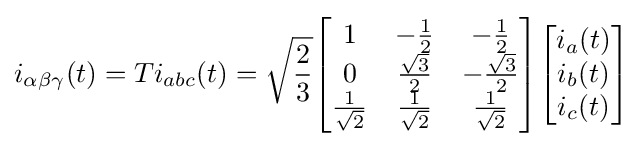
i_{\alpha \beta \gamma }(t)=Ti_{abc}(t)={\sqrt {\frac {2}{3}}}{\begin{bmatrix}1&-{\frac {1}{2}}&-{\frac {1}{2}}\\0&{\frac {\sqrt {3}}{2}}&-{\frac {\sqrt {3}}{2}}\\{\frac {1}{\sqrt {2}}}&{\frac {1}{\sqrt {2}}}&{\frac {1}{\sqrt {2}}}\\\end{bmatrix}}{\begin{bmatrix}i_{a}(t)\\i_{b}(t)\\i_{c}(t)\end{bmatrix}}